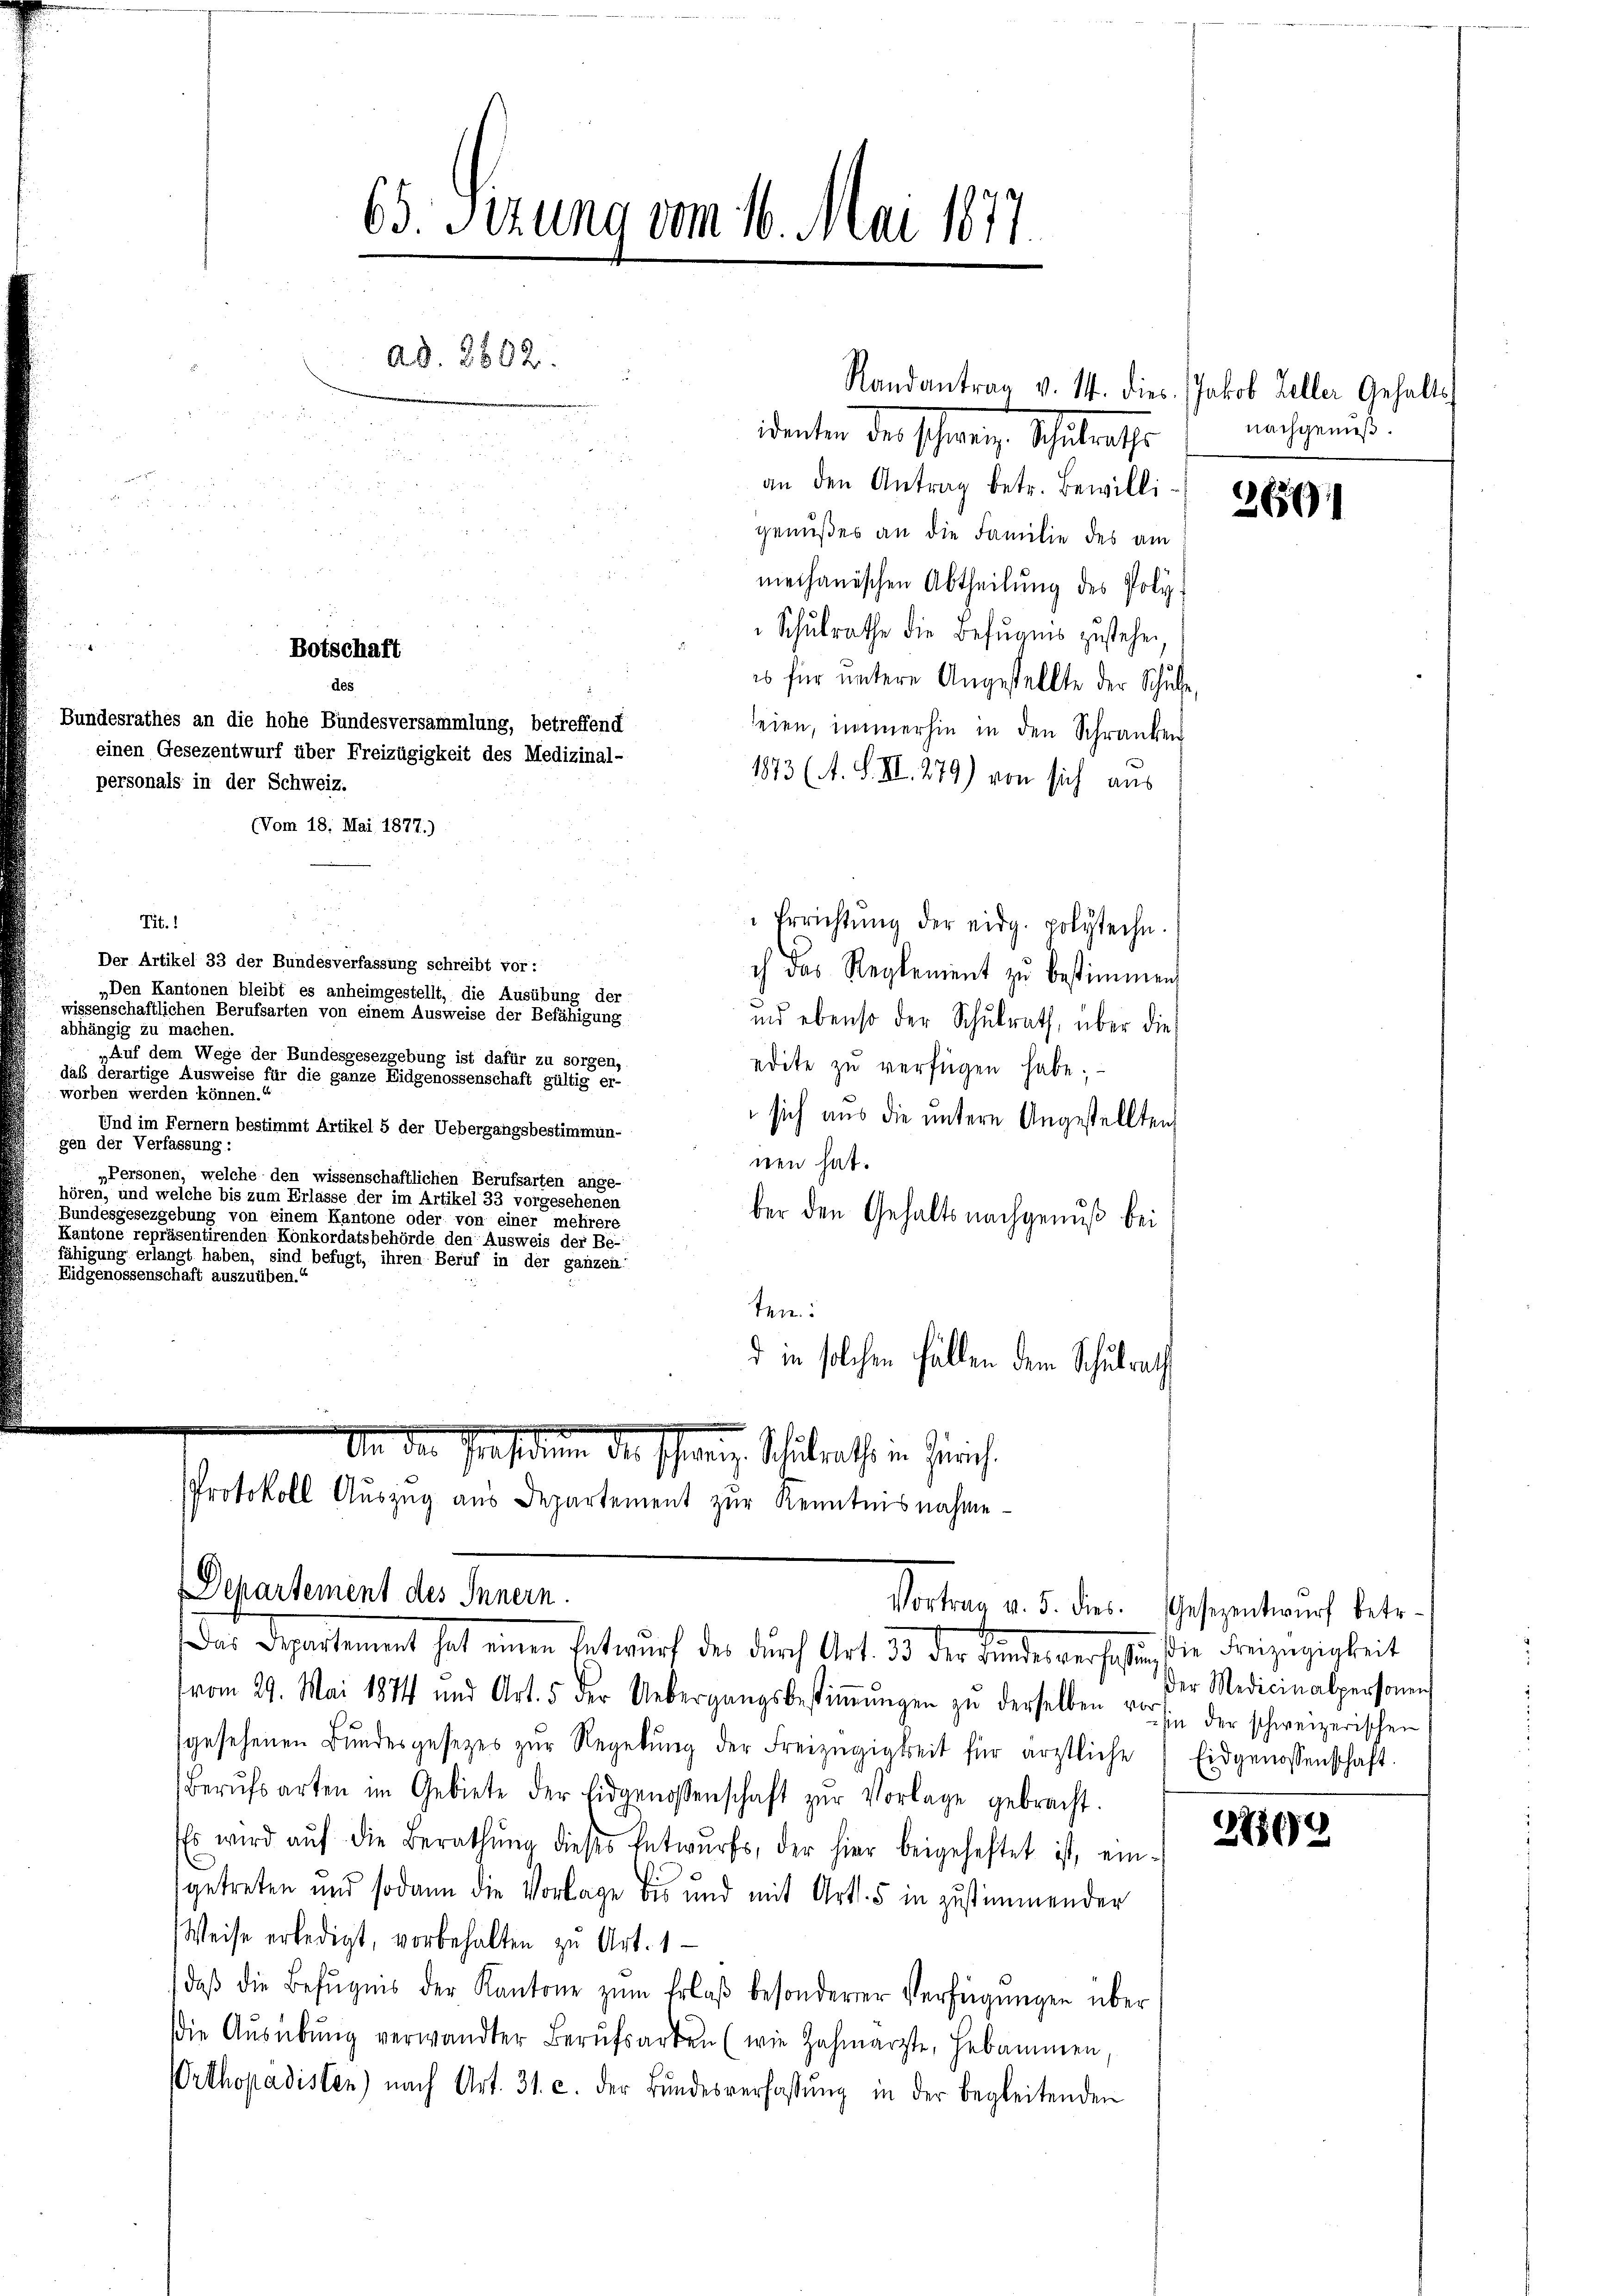
an den Antrag betr. Bewilli
genußes an die Familie des am
mechanischen Abtheilung des Poly-
Schulrathe die Befugnis zustehen,
 zu
es für untere Angestellte der Schule,
des
Bundesrathes an die hohe Bundesversammlung, betreffend
seien, immerhin in den Schranken
einen Gesezentwurf über Freizügigkeit des Medizinal-
1873 (A. S. VII. 279) von sich aus
personals in der Schweiz.
(Vom 18. Mai 1877.)
Tit. 1
Errichtŭng der eidg. polyteche.
Der Artikel 33 der Bundesverfassung schreibt vor:
ch das Reglement zŭ bestimmen
„Den Kantonen bleibt es anheimgestellt, die Ausübung der
wissenschaftlichen Berufsarten von einem Ausweise der Befähigung
und ebenso der Schulrath, über dies
abhängig zu machen.
„Auf dem Wege der Bundesgesezgebung ist dafür zu sorgen,
edite zu verfügen habe;
daß derartige Ausweise für die ganze Eidgenossenschaft gültig er-
worben werden können.“
sich aus die untere Angestellten,
Und im Fernern bestimmt Artikel 5 der Uebergangsbestimmun-
gen der Verfassung:
nen hat.
„Personen, welche den wissenschaftlichen Berufsarten ange-
hören, und welche bis zum Erlasse der im Artikel 35 vorgesehenen
e
ber den Gehaltsnachgenuß bei
Kantone repräsentirenden Konkordatsbehörde den Ausweis der Be-
fähigung erlangt haben, sind befügt, ihren Beruf in der ganzen
Eidgenossenschaft auszuüben.
ten:
d in solchen Fällen dem Schulrath
.
.
Von der Präsidium der schweiz. Schulrath in Zürich
Protokoll Auszug aus Departement zur Kenntnisnahme

65. Ferung vom 16. Mai 1877.
ad. 2802.
u
identen der schienen Schulrathe

Botschaft

Randantrag v. 14. dies Jakob Zeller, Gehalt

Departement des Innern.
Das Departement hat einen Entwurf der durch Art. Da der Lindenverschäfte Freizügigkeit

(vom 29. Mai 1874 und Art. 5 der Uebergangsbestiṁŭngen zŭ derselben vorsi der schweizerischen
sgesehenen Bŭndesgesetzes zŭr Regelŭng der Freizügigkeit für ärztliche Eidgenossenschaft.
Berŭfsarten im Gebiete der Eidgenoßenschaft zŭr Vorlage gebracht.
Es wird aŭf die Berathŭng dieses Entwŭrfs, der hier beigeheftet ist, ein-
getreten und sodann die Vorlage bis und mit Art. 5 in zustimmender
Weise erledigt, vorbehalten zu Art. 1
daβ die Befugnis der Kantone zŭm Erlaβ besonderer Verfügungen über
Die Aŭsübŭng verwandter Berŭfsarten (wie Zahnarzte, Hebammen,
Orthopädisten) nach Art. 31. c. der Bŭndesverfassŭng in der begleitenden

Vortrag v. 5. dies. Gesezentwŭrf betr.

nachgenieß.

261

Der Medicinalpersonen

27898